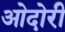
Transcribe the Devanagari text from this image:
ओदोरी